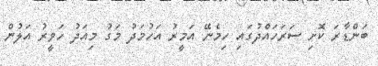
ބަންޑާރަ ކޮށި ސަރަހައްދުގައި ހިމެނޭ އަމީރު އަހުމަދު މަގު މިއަދު ހަވީރު އަލުން